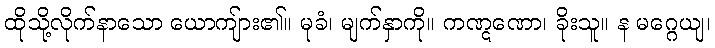
ထိုသို့လိုက်နာသော ယောကျ်ား၏။ မုခံ၊ မျက်နှာကို။ ကဏ္ဋဏော၊ ခိုးသူ။ န မဂ္ဂေယျ၊